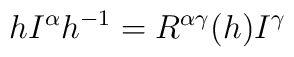
h I^\alpha h^{-1}=R^{\alpha\gamma}(h)I^\gamma